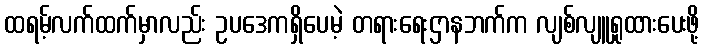
ထရမ့်လက်ထက်မှာလည်း ဥပဒေကရှိပေမဲ့ တရားရေးဌာနဘက်က လျစ်လျူရှုထားပေးဖို့